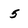
Character: 5